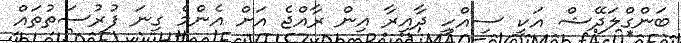
ބަންގްލަދޭޝް އަކީ ސިއްހީ ދާއިރާ އިން ރާއްޖެ އަށް އެންމެ ގިނަ ފުރުސަތުތައް